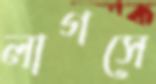
লাগসে